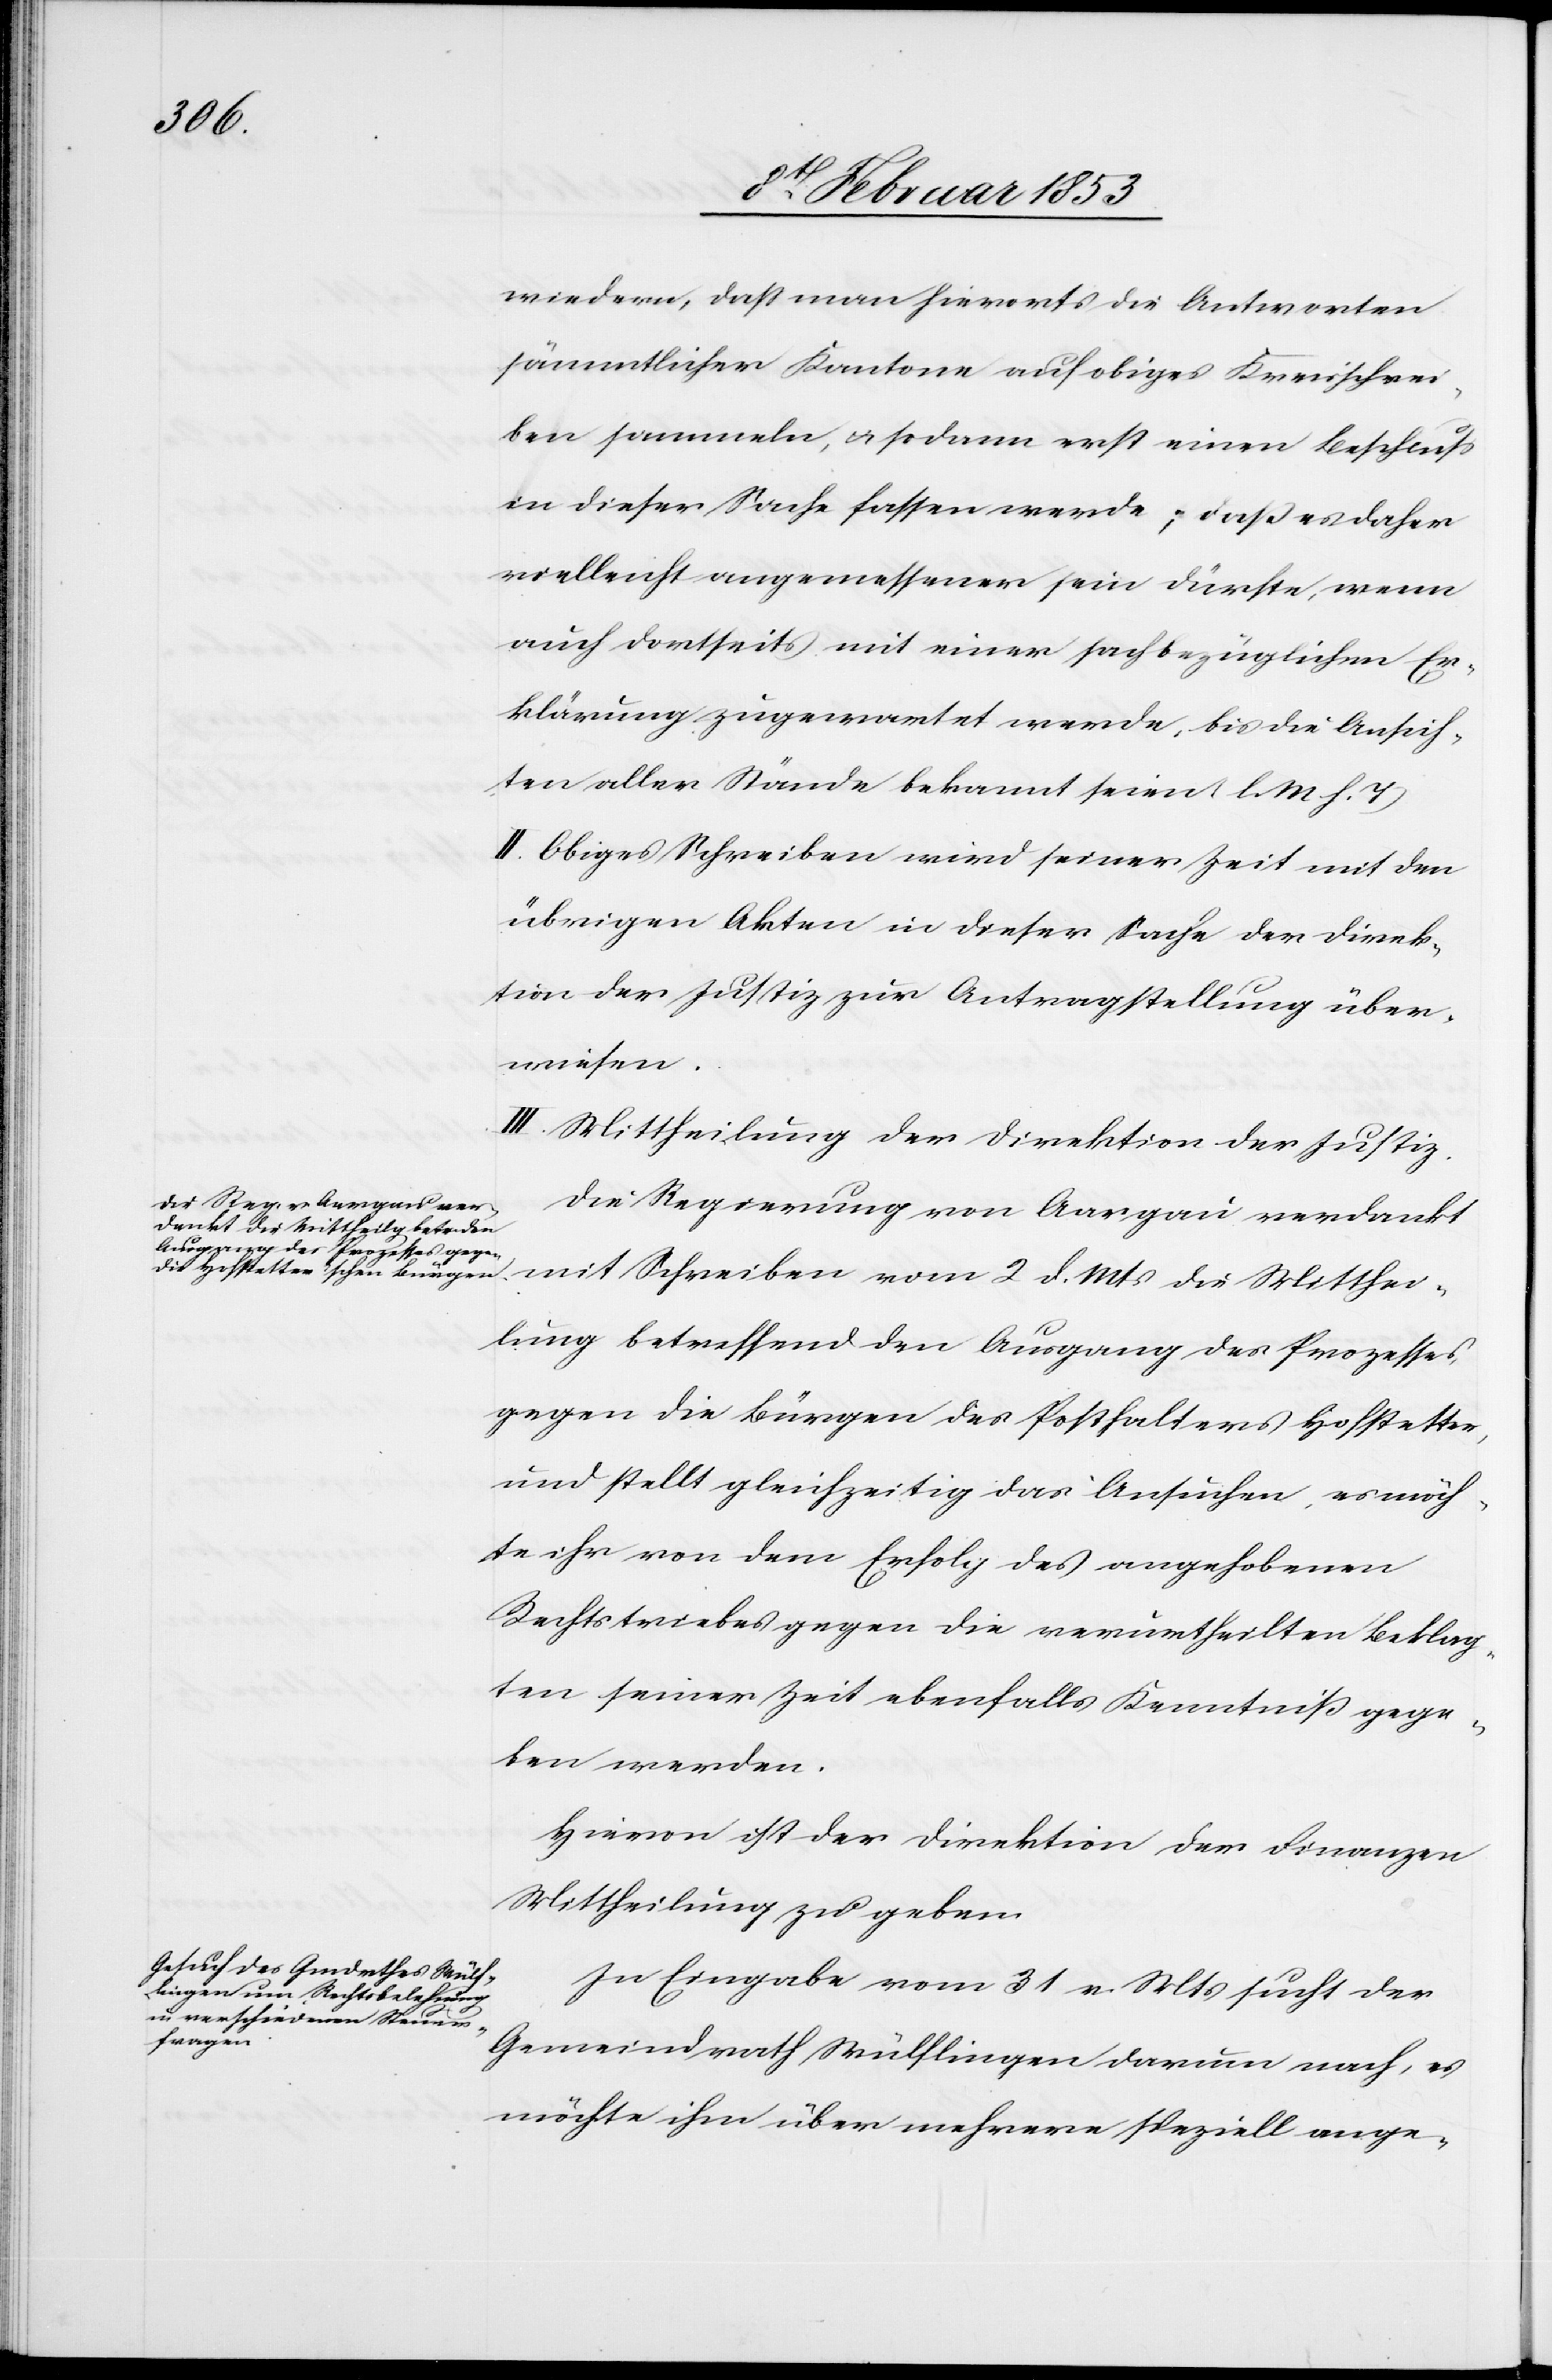
Mitth¬

wiedern, daß man hierorts die Antworten
sämmtlicher Kantone auf obiges Kreisschrei¬
ben sammeln, u. sodann erst einen Beschluß
in dieser Sache fassen werde; daß es daher
vielleicht angemessener sein dürfe, wenn
auch dortseits mit einer sachbezüglichen Er¬
klärung zugewartet werde, bis die Ansich¬
ten aller Stände bekannt seien [l. M. h. T]
II. Obiges Schreiben wird seiner Zeit mit den
übrigen Akten in dieser Sache der Direk¬
tion der Justiz zur Antragstellung über¬
wiesen.
III. Mittheilung der Direktion der Justiz.
Die Regierung von Aargau verdankt
eilung betreffend den Ausgang des Prozesses,
gegen die Bürgen des Posthalters Hofstetter,
und stellt gleichzeitig das Ansuchen, es möch¬
te ihr von dem Erfolg des angehobenen
Rechtstriebes gegen die verurtheilten Beklag¬
ten seiner Zeit ebenfalls Kenntniß gege¬
ben werden.
Hievon ist der Direktion der Finanzen
Mittheilung zu geben.
In Eingabe vom 31 v. Mts. sucht der
Gemeindrath Wülflingen darum nach, es
möchte ihm über mehrere speziell ange-